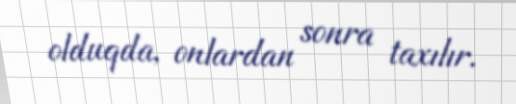
olduqda, onlardan sonra taxılır.